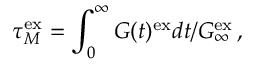
\tau _ { M } ^ { \mathrm { e x } } = \int _ { 0 } ^ { \infty } G ( t ) ^ { \mathrm { e x } } d t / G _ { \infty } ^ { \mathrm { e x } } \, ,